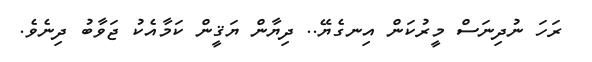
ރަހަ ނުދިނަސް މީރުކަން އިނގެޔޭ.. ދިޔާން ޔަޤީން ކަމާއެކު ޖަވާބު ދިނެވެ.